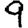
Digit: 9